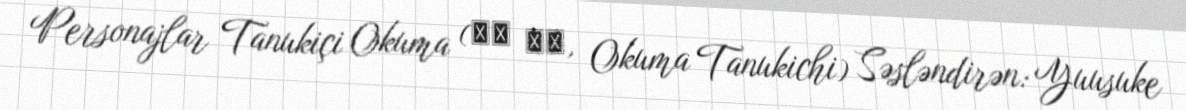
Personajlar Tanukiçi Okuma (奥間 狸吉, Okuma Tanukichi) Səsləndirən: Yuusuke